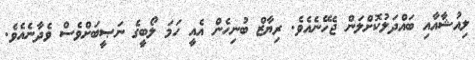
ލިއުޝާއާއި ބައްދަލުކޮށްލަން ޖެހޭނެއެވެ. ރިޔާޒް ބުނިހެން އެއީ ހަމަ ލޯބީގެ ނަޞީބަށްވެސް ވެދާނެއެވެ.